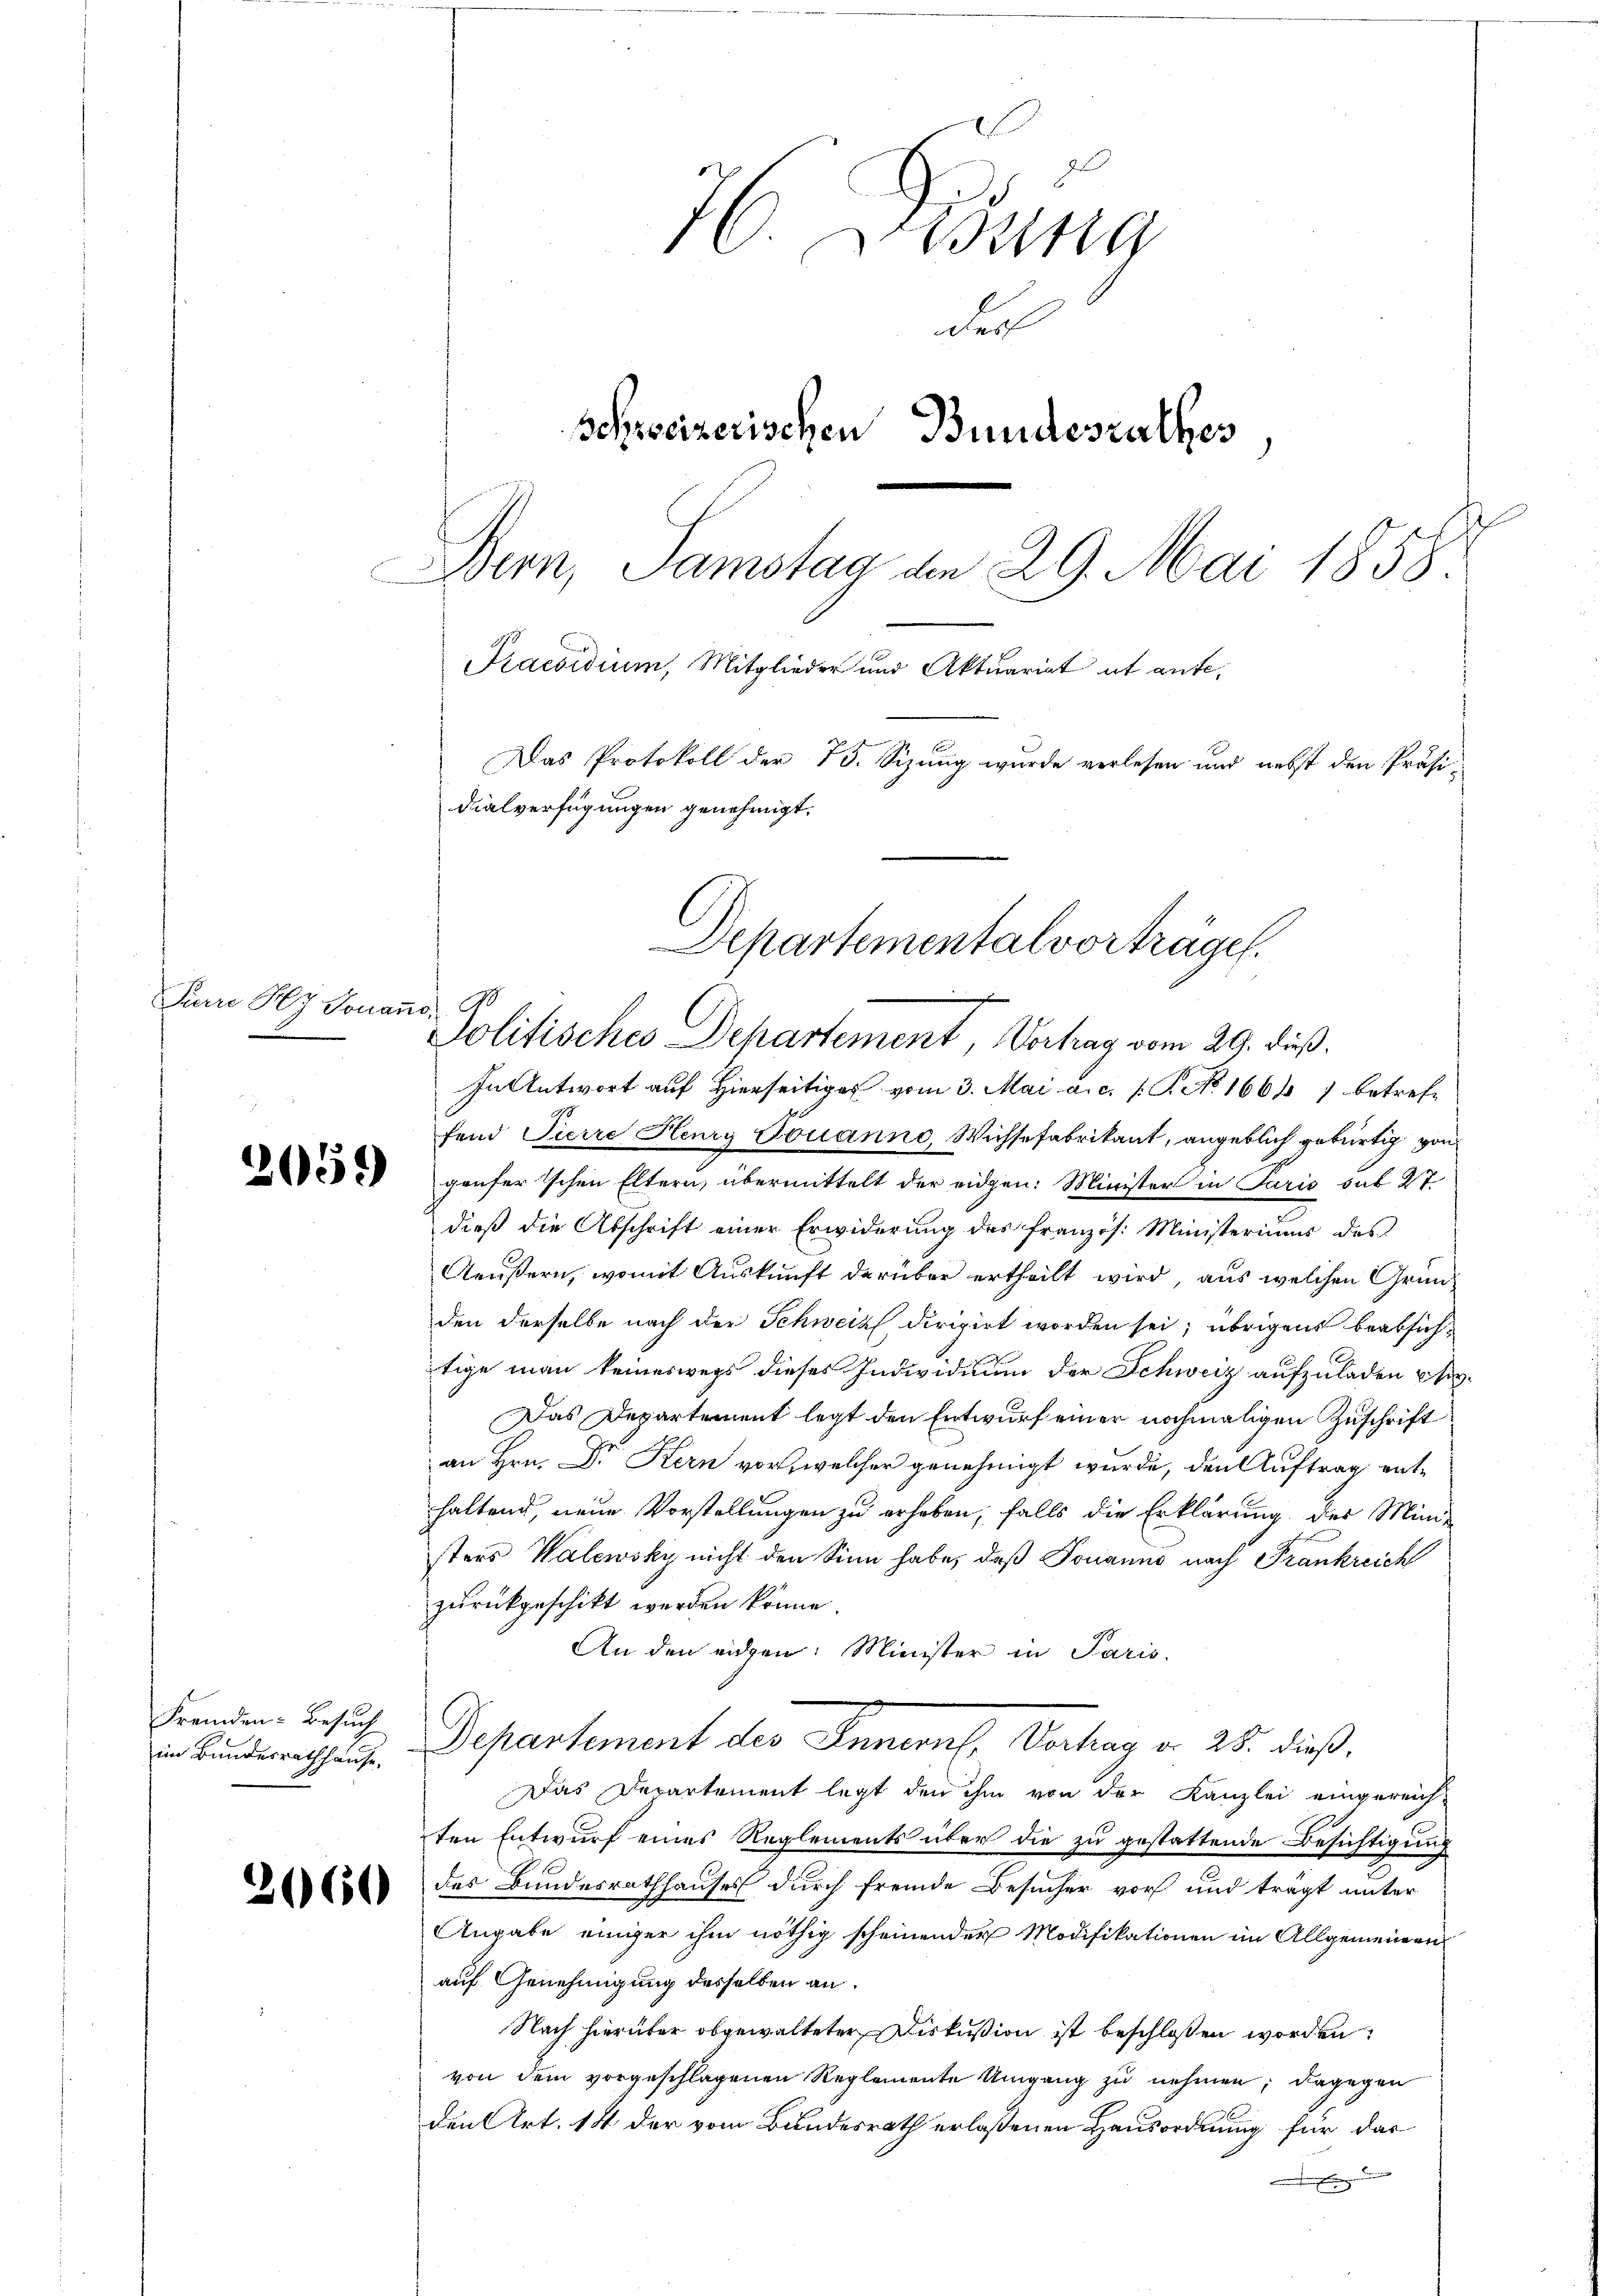
Furre Hy Jonano,

Fremden Besuch
im Bundesrathhause,

3660

76. Jung
der
schweizerischen Bundesrathes
Bern, Samstag am 29. Mai 1858.
Praesidium, Mitglieder und Aktuariat et ante¬
Das Protokoll der 75. Sizung wurde verlesen und nebst den Präsi-
dialverfügungen genehmigt.

In Antwort auf Hierseitig vom 3. Mai a.c. (T. No 1666 1 betreffend Pierre Henry Douanno, Wichsefabrikant, angeblich gebürtig von
genfertschen Eltern übermittelt der eidgen: Minister in Paris sub 27.
dieß die Abschrift einer Erwiderung des französ. Ministeriums des
Aeußern, womit Auskunft darüber ertheilt wird, aus welchen Gründen derselbe nach der Schweiz dirigirt worden sei; übrigens beabsichtige man keineswegs dieses Individium der Schweiz aufzuladen psi¬
Das Departement legt den Entwurf einer nochmaligen Zuschrift
an Hrn. Dr Kern vor, welcher genehmigt wurde, den Auftrag enthaltend, neue Vorstellungen zu erhoben, falls die Erklärung der Mini-
sters Walewsky nicht den Sinn habe, daß Tomanns nach Frankreich
zurückgeschikt werden könne.
An den eichen. Minister in Paris.
Separtement des Innerl. Vorhag v. 28. dieß.
Das Departement legt den ihm von der Kanzlei eingereich-
ten Entwurf eines Reglements über die zu gestattende Besichtigung
des Bundesrathhauses durch fremde Besucher vor und trägt unter
Angabe einiger ihm nöthig scheinender Modifikationen im Allgemeinen
auf Genehmigung desselben an.
Nach hierüber obgewalteter Diskussion ist beschloßen worden
von dem vorgeschlagenen Reglemente Umgang zu nehmen; dagegen
den Art. 14 der vom Bundesrath erlassenen Hausordnung für das
Brennung
f

Departemental vorträge.

Politisches Departement, Vortrag vom 29. dieß.